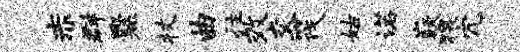
赤群爨杖曲往效交筏姑诺嶷猥冗